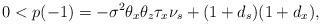
LaTeX: \begin{align*} 0 < p(-1) = -\sigma^2\theta_x\theta_z\tau_x\nu_s + (1+d_s)(1+d_x),\end{align*}